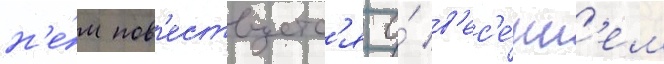
н'е́м пов'ествуетс'я о́ в'ес'е́нн'ем